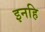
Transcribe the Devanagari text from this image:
इनहि